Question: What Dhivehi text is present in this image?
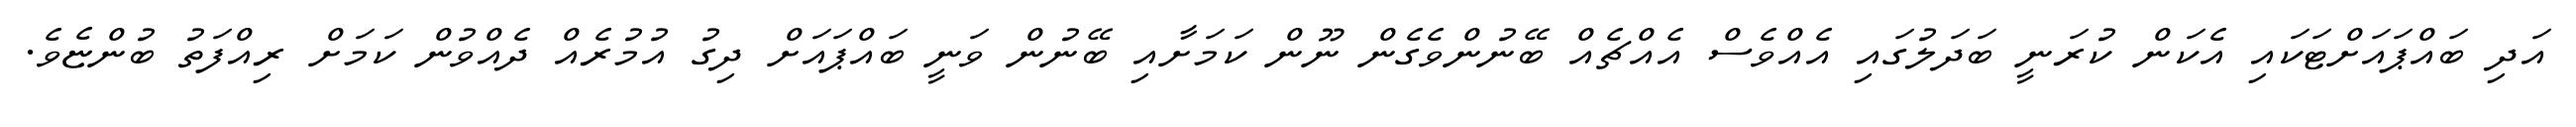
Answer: އަދި ބައްޕައަށްޓަކައި އެކަން ކުރަނީ ބަދަލުގައި އެއްވެސް އެއްޗެއް ބޭނުންވެގެން ނޫން ކަމަށާއި ބޭނުން ވަނީ ބައްޕައަށް ދިގު އުމުރެއް ދެއްވުން ކަމަށް ރިއްފަތު ބުންޏެވެ.